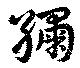
繡